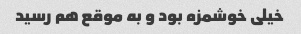
خیلی خوشمزه بود و به موقع هم رسید